Virumaa_algkoolid, lk 25
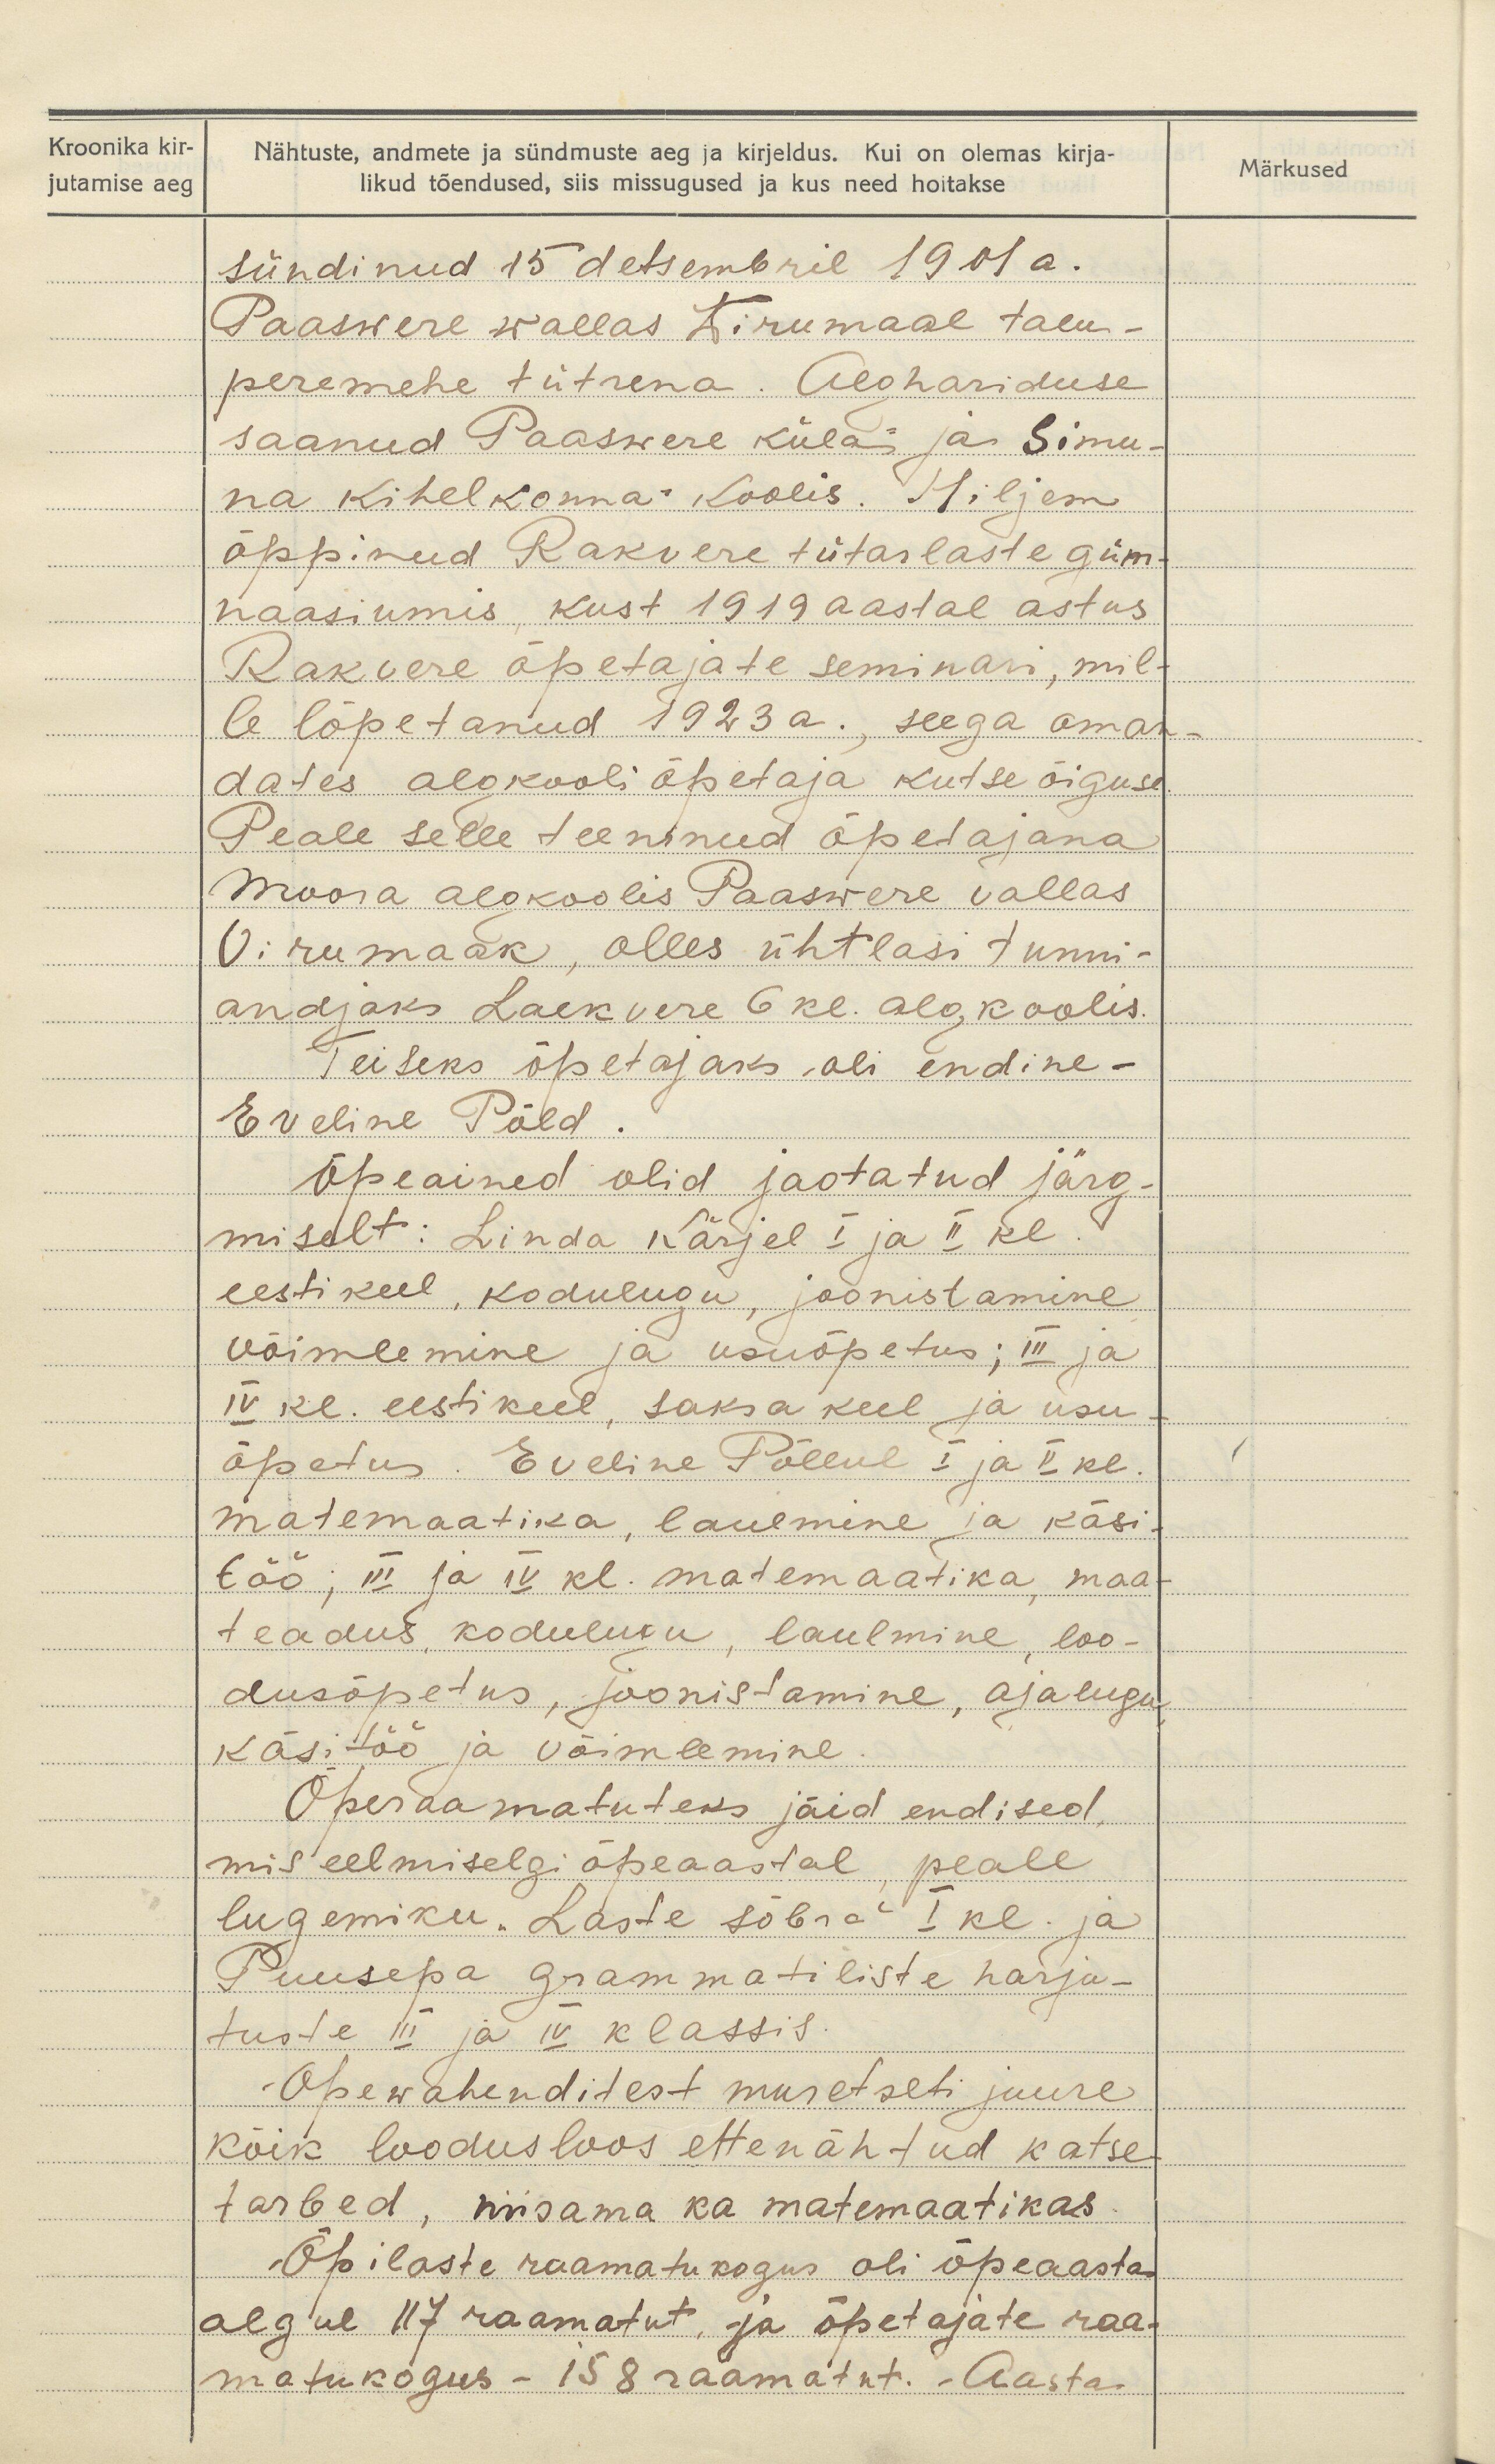
Kroonika kir-
jutamise aeg

Nähtuste, andmete ja sündmuste aeg ja kirjeldus. Kui on olemas kirja-
likud tõendused, siis missugused ja kus need hoitakse

Märkused

sündinud 15 detsembril 1901 a.
Paaswere wallas Wirumaal talu-
peremehe tütrena. Alghariduse
saanud Paaswere külas ja Simu-
na kihelkonna koolis. Hiljem
õppinud Rakvere tütarlaste güm-
naasiumis kust 1919 aastal astus
Rakvere õpetajate seminari, mil-
le lõpetanud 1923 a., seega oman-
dates algkooli õpetaja kutse õiguse.
Peale selle teeninud õpetajana
Moora algkoolis Paaswere vallas.
Virumaak, olles ühtlasi tunni-
andjaks Laekvere 6 kl. algkoolis.
Teiseks õpetajaks oli endine.
Eveline Põld.
Õpeained olid jaotatud järg-
miselt: Linda kärjel I ja II kl.
eestikeel, kodulugu, joonistamine
võimlemine ja usuõpetus; III ja
IV kl. eestikeel, saksa keel ja usu-
õpetus. Eveline Põllul I ja II kl.
matemaatika, laulmine ja käsi-
töö, III ja IV kl. matemaatika, maa-
teadus kodulugu, laulmine, loo-
dusõpetus, joonistamine, ajalugu
käsitöö ja võimlemine.
Õperaamatuteks jäid endised,
mis eelmiselgi õpeaastal, peale
lugemiku. Laste sõbra I kl. ja
Puusepa grammatiliste harju-
tuste III ja IV klassis.
Õpewahenditest muretseti juure
kõik loodusloos ettenähtud katse
tarbed, niisama ka matemaatikas.
Õpilaste raamatukogus oli õpeaasta
algul 117 raamatut, ja õpetajate raa-
matukogus - 158 raamatut. Aasta